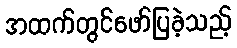
အထက်တွင်ဖော်ပြခဲ့သည့်